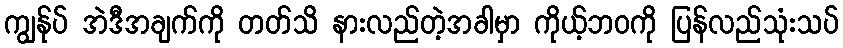
ကျွန်ုပ် အဲဒီအချက်ကို တတ်သိ နားလည်တဲ့အခါမှာ ကိုယ့်ဘဝကို ပြန်လည်သုံးသပ်